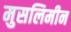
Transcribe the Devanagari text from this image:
मुसलिमीन